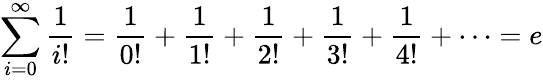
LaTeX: \sum_{i=0}^{\infty}{\frac{1}{i!}}={\frac{1}{0!}}+{\frac{1}{1!}}+{\frac{1}{2!}}+{\frac{1}{3!}}+{\frac{1}{4!}}+\cdots=e